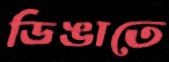
ডিঙাতে